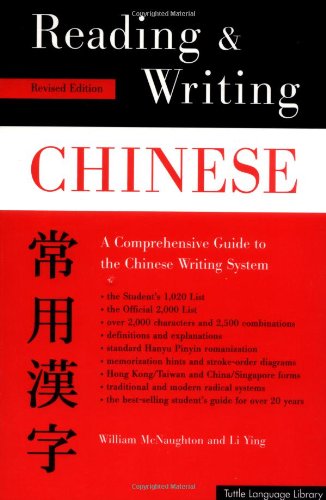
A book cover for Reading & Writing Chinese: Traditional Character Edition, A Comprehensive Guide to the Chinese Writing System; William McNaughton; Reference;